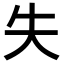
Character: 失